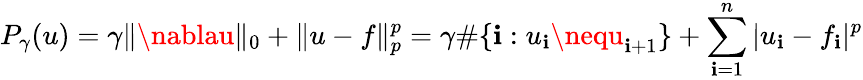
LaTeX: P_{\gamma}(u)=\gamma\| \nablau\| _{0}+\| u-f\| _{p}^{p}=\gamma\# \{ \mathbf{i}:u_{\mathbf{i}}\nequ_{\mathbf{i}+1}\} +\sum_{\mathbf{i}=1}^{n}|u_{\mathbf{i}}-f_{\mathbf{i}}|^{p}